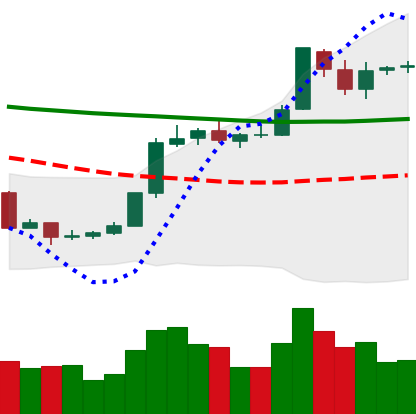
Ticker: BTC-USD
Chart end date: 2018-07-29
Forward return: -9.54%
Label: down_7plus